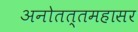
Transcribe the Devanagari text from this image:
अनोतत्तमहासर